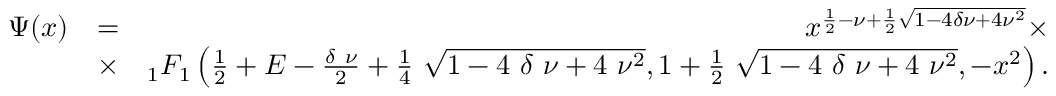
\begin{array} { r l r } { \Psi ( x ) } & { = } & { x ^ { \frac { 1 } { 2 } - \nu + \frac { 1 } { 2 } \sqrt { 1 - 4 \delta \nu + 4 \nu ^ { 2 } } } \times } \\ & { \times } & { _ { 1 } F _ { 1 } \left( \frac { 1 } { 2 } + E - \frac { \delta ~ \nu } { 2 } + \frac { 1 } { 4 } ~ \sqrt { 1 - 4 ~ \delta ~ \nu + 4 ~ \nu ^ { 2 } } , 1 + \frac { 1 } { 2 } ~ \sqrt { 1 - 4 ~ \delta ~ \nu + 4 ~ \nu ^ { 2 } } , - x ^ { 2 } \right) . } \end{array}